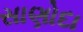
સાણોદા